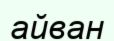
айван